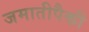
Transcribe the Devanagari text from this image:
जमातीपैकी